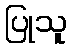
ပြုသူ